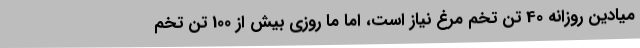
میادین روزانه 40 تن تخم مرغ نیاز است، اما ما روزی بیش از 100 تن تخم